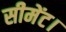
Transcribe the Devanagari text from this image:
सीमेंट।